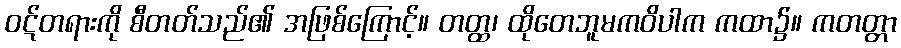
ဝဋ်တရားကို စီတတ်သည်၏ အဖြစ်ကြောင့်။ တတ္ထ၊ ထိုတေဘူမကဝိပါက ကထာ၌။ ကတတ္တာ